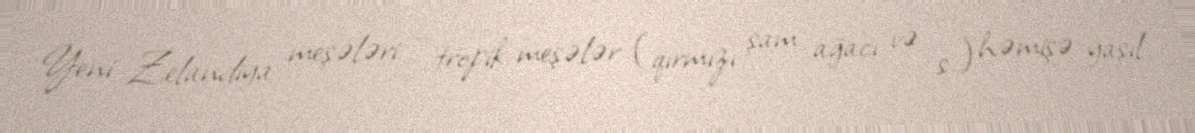
Yeni Zelandiya meşələri – tropik meşələr (qırmızı şam ağacı və s.) həmişə yaşıl